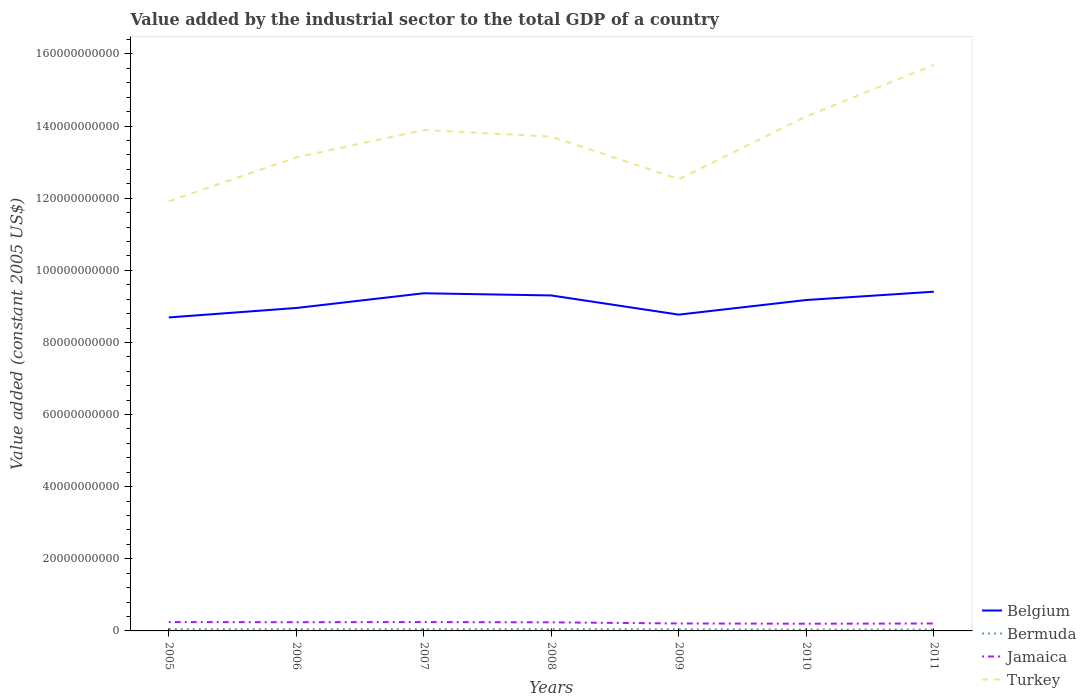
| Years | Belgium | Bermuda | Jamaica | Turkey |
 | --- | --- | --- | --- | --- |
 | 2005 | 8.69e+10 | 4.84e+08 | 2.45e+09 | 1.19e+11 |
 | 2006 | 8.96e+10 | 4.71e+08 | 2.42e+09 | 1.31e+11 |
 | 2007 | 9.36e+10 | 4.71e+08 | 2.46e+09 | 1.39e+11 |
 | 2008 | 9.3e+10 | 4.96e+08 | 2.38e+09 | 1.37e+11 |
 | 2009 | 8.77e+10 | 4.49e+08 | 2.07e+09 | 1.25e+11 |
 | 2010 | 9.18e+10 | 3.98e+08 | 2e+09 | 1.43e+11 |
 | 2011 | 9.41e+10 | 3.9e+08 | 2.06e+09 | 1.57e+11 |